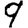
Digit: 9